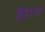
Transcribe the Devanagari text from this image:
हैगन